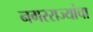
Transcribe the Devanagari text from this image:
नगरराज्यांचा